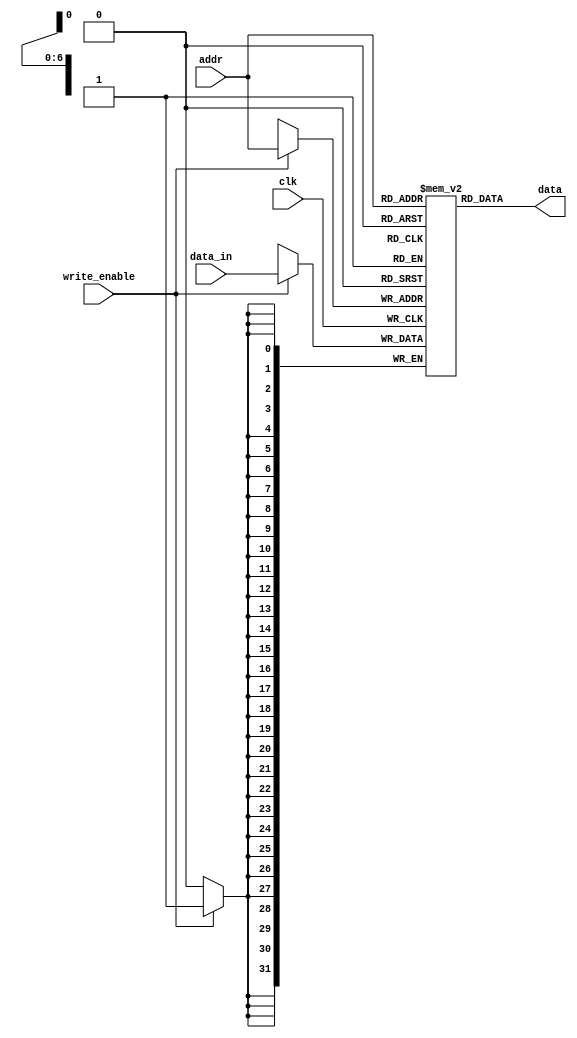
`ifndef MEMORYMODULE_V
`define MEMORYMODULE_V

// Instruction and Data Memory
module MemoryModule(
    input       wire            clk,
    input       wire    [6:0]   addr,
    input       wire    [31:0]  data_in,
    input       wire            write_enable,    
    output      wire    [31:0]  data
);
    // 32-bit memory with 128 entries
	reg [31:0] mem [0:127];             
	
    // Load requested address into data output
	assign data = mem[addr];

    // Store if enabled to do so
    always @(posedge clk) begin
        if (write_enable) begin
            mem[addr] <= data_in[31:0];
        end
    end

    /* 
    // Old way of initializing memory, 
    // Now we do it in testbench

    // Number of memory entries,
    // not the same as the memory size
	parameter NMEM = 128;  
							
    // file to read data from
	parameter IM_DATA = "im_data.hex";
    initial begin
	    $readmemh(IM_DATA, mem, 0, NMEM-1);
	end
    */
endmodule

`endif